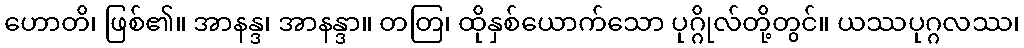
ဟောတိ၊ ဖြစ်၏။ အာနန္ဒ၊ အာနန္ဒာ။ တတြ၊ ထိုနှစ်ယောက်သော ပုဂ္ဂိုလ်တို့တွင်။ ယဿပုဂ္ဂလဿ၊